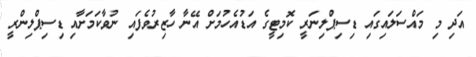
އަދި މި މައްސަލައިގައި ޑިސިޕްލިނަރީ ކޮމިޓީގެ އަޑުއެހުމަށް އޭނާ ހާޒިރުވެފައި ނުވާކަމަށާއި ޑިސިޕްލިންރީ